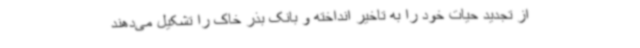
از تجدید حیات خود را به تاخیر انداخته و بانک بذر خاک را تشکیل می‌دهند